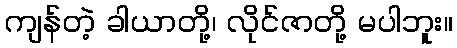
ကျန်တဲ့ ခါယာတို့၊ လိုင်ဇာတို့ မပါဘူး။